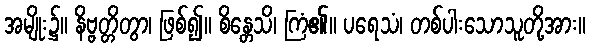
အမျိုး၌။ နိဗ္ဗတ္တိတွာ၊ ဖြစ်၍။ စိန္တေသိ၊ ကြံ၏။ ပရေသံ၊ တစ်ပါးသောသူတို့အား။